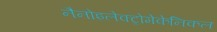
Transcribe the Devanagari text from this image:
नैनोइलेक्ट्रोमेकेनिकल